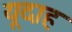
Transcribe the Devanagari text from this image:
यूदाह